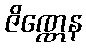
ဇိဏ္ဏေန